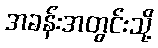
အခန်းအတွင်းသို့